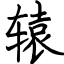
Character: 辕